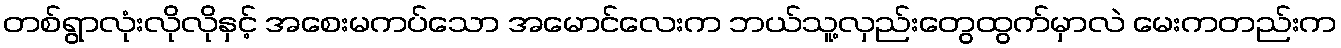
တစ်ရွာလုံးလိုလိုနှင့် အစေးမကပ်သော အမောင်လေးက ဘယ်သူ့လှည်းတွေထွက်မှာလဲ မေးကတည်းက